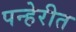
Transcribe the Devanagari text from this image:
पन्हेरीत